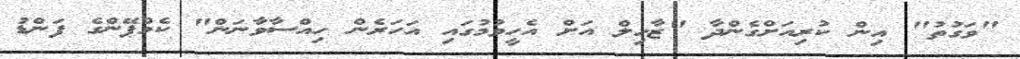
"ވަގުތު" އިން ކުރިއަށްގެންދާ "ޒާހިލް އަށް އެހީވުމުގައި އަހަރެން ހިއްސާވާނަން" ކެމްޕޭންގެ ފަންޑު